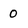
Character: 0